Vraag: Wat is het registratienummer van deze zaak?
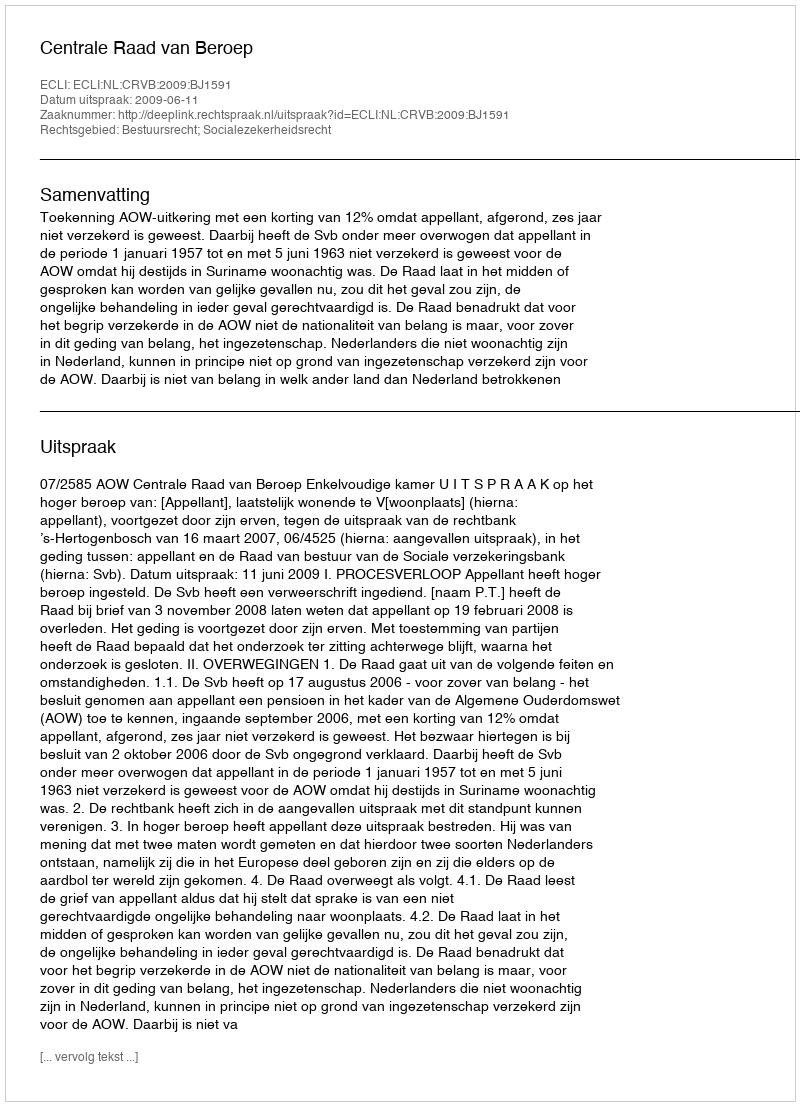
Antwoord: http://deeplink.rechtspraak.nl/uitspraak?id=ECLI:NL:CRVB:2009:BJ1591